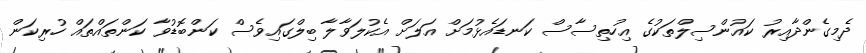
ދެމިގެންދާއިރު ކައުންސިލްތަކުގެ އިހުތިސާސް ކަނޑައެޅުމަށް އަލަށް އެކުލަވާލާ ބިލްގައިވެސް ކަންބޮޑުވާ ކަންތައްތައް ހުރިކަން